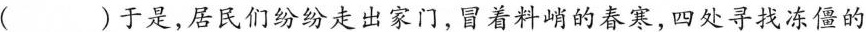
( )于是，居民们纷纷走出家门，冒着料峭的春寒，四处寻找冻僵的